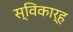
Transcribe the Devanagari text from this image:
स्विकार्ह